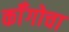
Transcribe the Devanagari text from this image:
कॉँगोचा